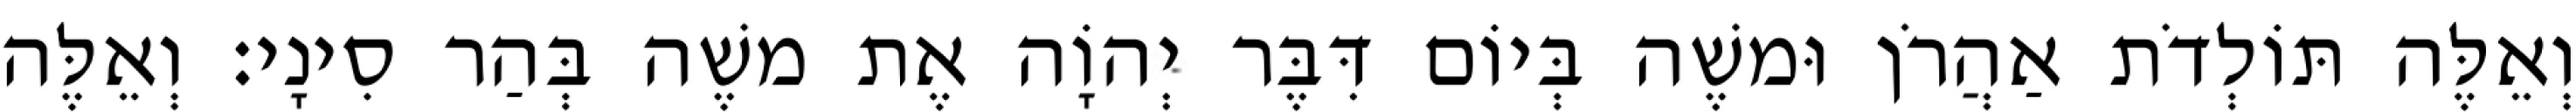
וְאֵלֶּה תּוֹלְדֹת אַהֲרֹן וּמשֶׁה בְּיוֹם דִּבֶּר יְהוָֹה אֶת משֶׁה בְּהַר סִינָי׃ וְאֵלֶּה